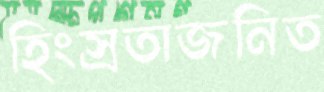
হিংস্রতাজনিত